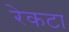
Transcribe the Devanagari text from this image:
रेकटा